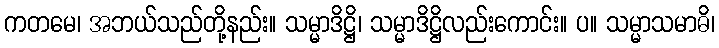
ကတမေ၊ အဘယ်သည်တို့နည်း။ သမ္မာဒိဋ္ဌိ၊ သမ္မာဒိဋ္ဌိလည်းကောင်း။ ပ။ သမ္မာသမာဓိ၊